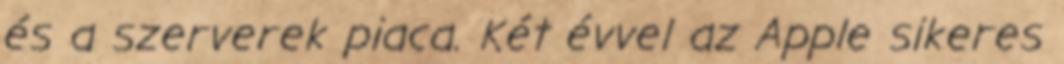
és a szerverek piaca. Két évvel az Apple sikeres